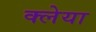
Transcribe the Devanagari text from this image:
क्लेया